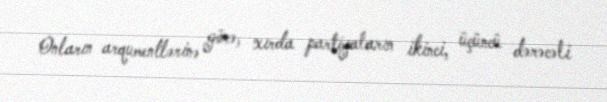
Onların arqumentlərinə görə, xırda partiyaların ikinci, üçüncü dərəcəli